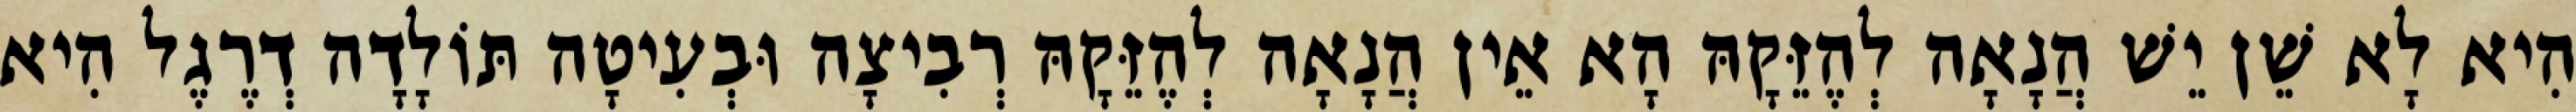
הִיא לָא שֵׁן יֵשׁ הֲנָאָה לְהֶזֵּקָהּ הָא אֵין הֲנָאָה לְהֶזֵּקָהּ רְבִיצָה וּבְעִיטָה תּוֹלָדָה דְרֶגֶל הִיא